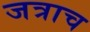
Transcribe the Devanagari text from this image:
जत्राच